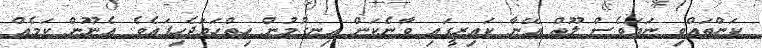
ކަންތައްވި ނަމަވެސް ލޫތް އޭނާ ކައިރީގައި ވާނެކަން އިނގުމުން ހިތްހަމަޖެހިފައެވެ. އެނޫން ކަމެއް